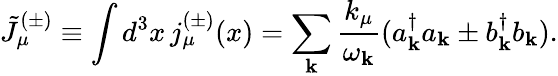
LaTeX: \tilde{J}_{\mu}^{(\pm)}\equiv\int d^{3}x\, j_{\mu}^{(\pm)}(x)=\sum_{{\mathbf k}}\frac{k_{\mu}}{\omega_{{\mathbf k}}}(a_{{\mathbf k}}^{\dagger}a_{{\mathbf k}}\pm b_{{\mathbf k}}^{\dagger}b_{{\mathbf k}}).